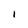
Character: I